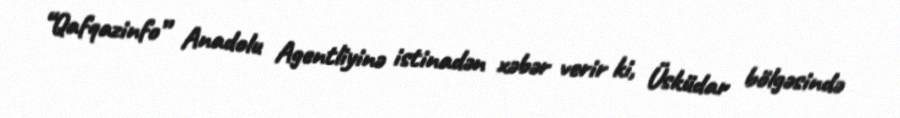
“Qafqazinfo” Anadolu Agentliyinə istinadən xəbər verir ki, Üsküdar bölgəsində